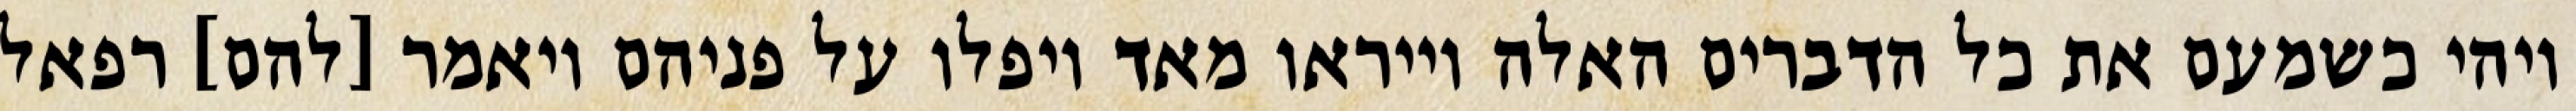
ויהי כשמעם את כל הדברים האלה וייראו מאד ויפלו על פניהם ויאמר [להם] רפאל